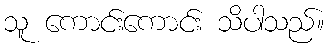
သူ ကောင်းကောင်း သိပါသည်။